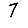
Digit: 7